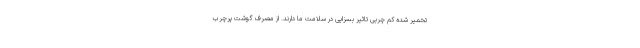
تخمیر شده کم چربی تاثیر بسزایی در سلامت ما دارند. از مصرف گوشت پرچرب